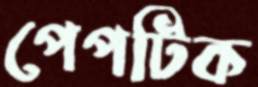
পেপটিক